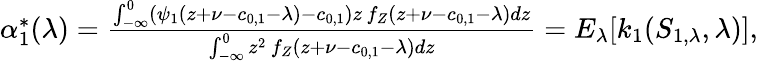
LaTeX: \begin{array}{r}{\alpha_{1}^{*}(\lambda)=\frac{\int_{-\infty}^{0}(\psi_{1}(z+\nu-c_{0,1}-\lambda)-c_{0,1})z\, f_{Z}(z+\nu-c_{0,1}-\lambda)dz}{\int_{-\infty}^{0}z^{2}\, f_{Z}(z+\nu-c_{0,1}-\lambda)dz}=E_{\lambda}[k_{1}(S_{1,\lambda},\lambda)],}\end{array}